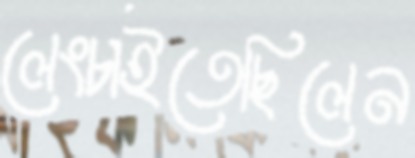
লেংচাইতেছিলেন